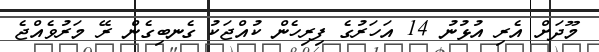
މޫދަށް އެރި އުޅުނު 14 އަހަރުގެ ފިރިހެން ކުއްޖަކު ގެނބިގެން ރޭ މަރުވެއްޖެ